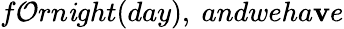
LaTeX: f\mathcal{O}rn\mathit{i}ght(day),\ andweha\mathbf{v}e